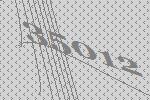
35012